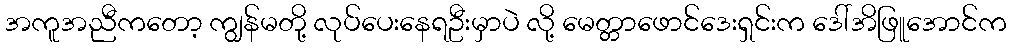
အကူအညီကတော့ ကျွန်မတို့ လုပ်ပေးနေရဦးမှာပဲ လို့ မေတ္တာဖောင်ဒေးရှင်းက ဒေါ်အိဖြူအောင်က